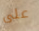
على